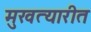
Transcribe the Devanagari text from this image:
मुखत्यारीत